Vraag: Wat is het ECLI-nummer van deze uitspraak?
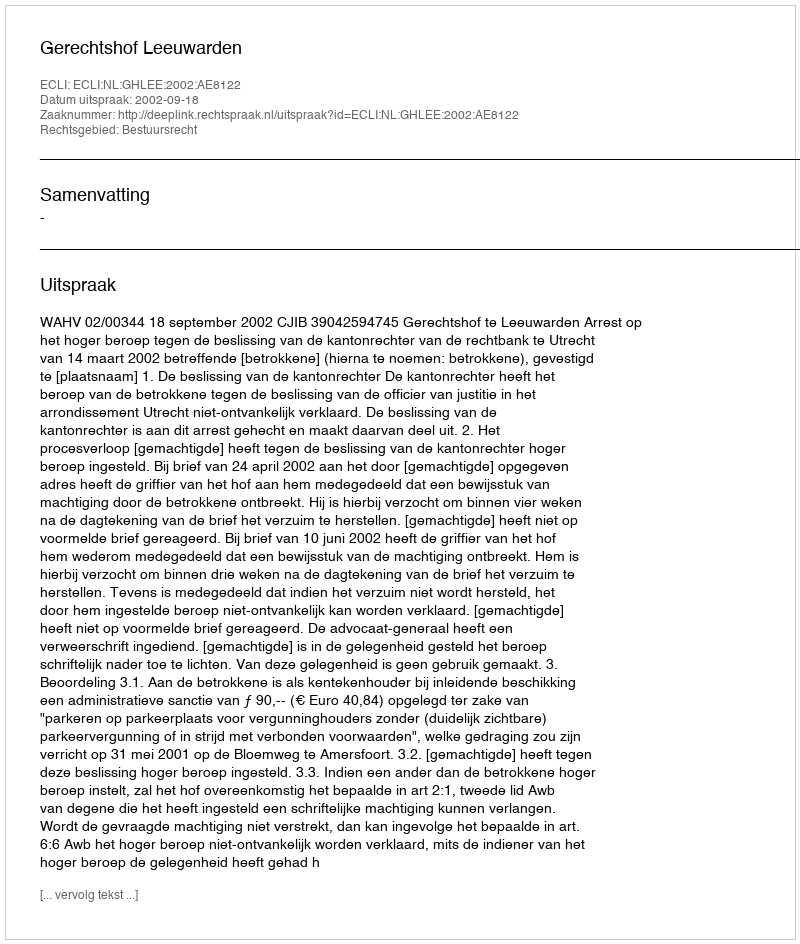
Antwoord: ECLI:NL:GHLEE:2002:AE8122